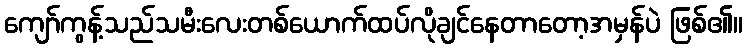
ကျော်ကွန့်သည်သမီးလေးတစ်ယောက်ထပ်လိုချင်နေတာတော့အမှန်ပဲ ဖြစ်၏။